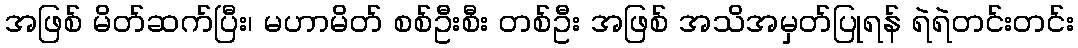
အဖြစ် မိတ်ဆက်ပြီး၊ မဟာမိတ် စစ်ဦးစီး တစ်ဦး အဖြစ် အသိအမှတ်ပြုရန် ရဲရဲတင်းတင်း